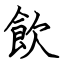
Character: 飲